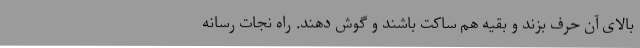
بالای آن حرف بزند و بقیه هم ساکت باشند و گوش دهند. راه نجات رسانه